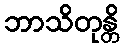
ဘာသိတုန္တိ